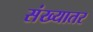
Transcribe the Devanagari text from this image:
संख्यातर